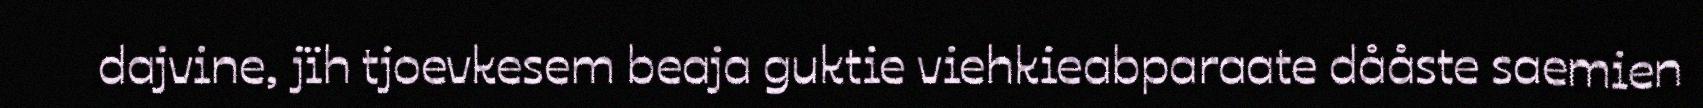
dajvine, jïh tjoevkesem beaja guktie viehkieabparaate dååste saemien